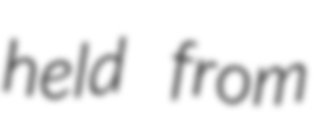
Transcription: held from